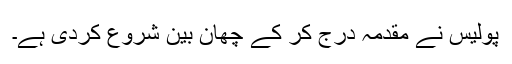
پولیس نے مقدمہ درج کر کے چھان بین شروع کردی ہے۔